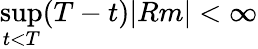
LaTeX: \operatorname*{sup}_{t<T}(T-t)|Rm|<\infty